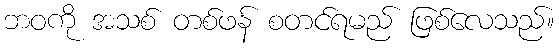
ဘဝကို အသစ် တစ်ဖန် စတင်ရမည် ဖြစ်လေသည်။